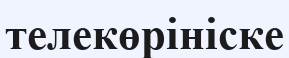
телекөрініске